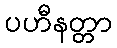
ပဟီနတ္တာ